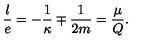
\frac { l } { e } = - \frac { 1 } { \kappa } \mp \frac { 1 } { 2 m } = \frac { \mu } { Q } .